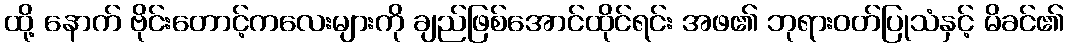
ထို့ နောက် ဗိုင်းတောင့်ကလေးများကို ချည်ဖြစ်အောင်ထိုင်ရင်း အဖ၏ ဘုရားဝတ်ပြုသံနှင့် မိခင်၏